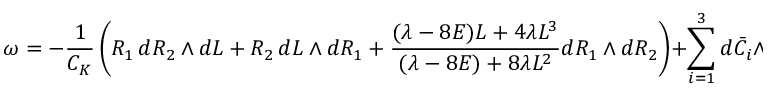
\omega = - \displaystyle \frac { 1 } { C _ { K } } \left( R _ { 1 } \, d R _ { 2 } \wedge d L + R _ { 2 } \, d L \wedge d R _ { 1 } + \displaystyle \frac { ( \lambda - 8 E ) L + 4 \lambda L ^ { 3 } } { ( \lambda - 8 E ) + 8 \lambda L ^ { 2 } } d R _ { 1 } \wedge d R _ { 2 } \right) + \sum _ { i = 1 } ^ { 3 } d \bar { C } _ { i } \wedge d C ^ { i } ~ ,